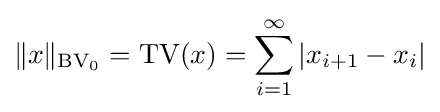
\|x\|_{\operatorname {BV} _{0}}=\operatorname {TV} (x)=\sum _{i=1}^{\infty }|x_{i+1}-x_{i}|